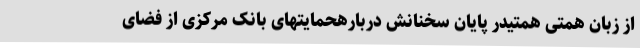
از زبان همتی همتیدر پایان سخنانش دربارهحمایتهای بانک مرکزی از فضای